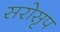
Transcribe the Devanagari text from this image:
सरोसृप